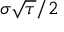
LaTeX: \sigma { \sqrt { \tau } } / 2